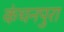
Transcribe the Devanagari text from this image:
कंचनपुरा